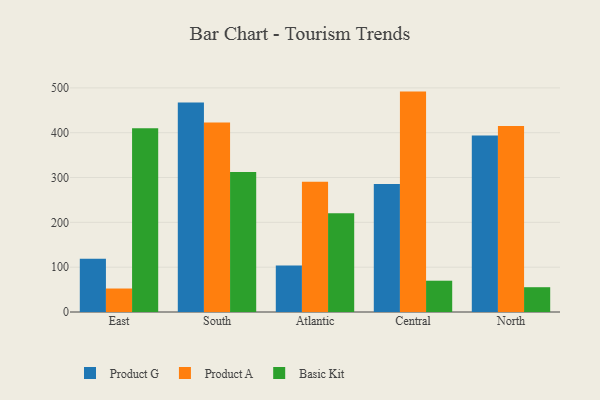
{"axis": {"x": "Region", "y": "Revenue (USD Million)"}, "legend": ["Basic Kit", "Product A", "Product G"], "data": [{"x": "East", "y": 118.6, "type": "Product G"}, {"x": "East", "y": 52.4, "type": "Product A"}, {"x": "East", "y": 409.8, "type": "Basic Kit"}, {"x": "South", "y": 467.6, "type": "Product G"}, {"x": "South", "y": 422.8, "type": "Product A"}, {"x": "South", "y": 312.3, "type": "Basic Kit"}, {"x": "Atlantic", "y": 103.5, "type": "Product G"}, {"x": "Atlantic", "y": 290.6, "type": "Product A"}, {"x": "Atlantic", "y": 220.4, "type": "Basic Kit"}, {"x": "Central", "y": 285.6, "type": "Product G"}, {"x": "Central", "y": 491.7, "type": "Product A"}, {"x": "Central", "y": 69.8, "type": "Basic Kit"}, {"x": "North", "y": 394.0, "type": "Product G"}, {"x": "North", "y": 415.1, "type": "Product A"}, {"x": "North", "y": 55.3, "type": "Basic Kit"}]}